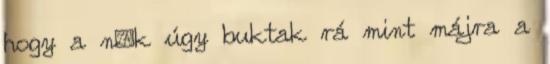
hogy a n�k úgy buktak rá mint májra a